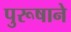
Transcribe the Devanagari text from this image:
पुरूषाने